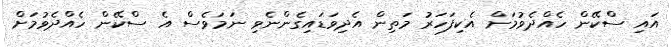
އައި ސްކޭން ހެއްދެވުމަށް އެކިފަހަރު މަތިން އެދިވަޑައިގެންނެވި ނަމަވެސް އެ ސްކޭން ހެއްދެވުމަށް